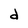
Character: d